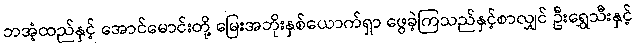
ဘအံ့ထည်နှင့် အောင်မောင်းတို့ မြေးအဘိုးနှစ်ယောက်ရှာ ဖွေခဲ့ကြသည်နှင့်စာလျှင် ဦးရွှေသီးနှင့်